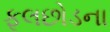
ફૂલછોડના